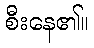
စီးနေ၏။